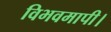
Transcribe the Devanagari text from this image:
विभवमापी।